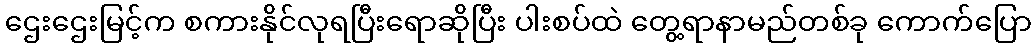
ဌေးဌေးမြင့်က စကားနိုင်လုရပြီးရောဆိုပြီး ပါးစပ်ထဲ တွေ့ရာနာမည်တစ်ခု ကောက်ပြော